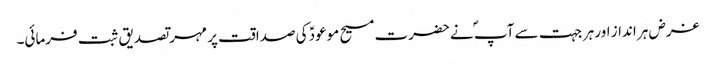
غرض ہر انداز اور ہر جہت سے آپ ؐ نےحضرت مسیح موعودؑ کی صداقت پر مہر تصدیق ثبت فرمائی۔